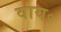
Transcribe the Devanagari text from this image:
वाय॰